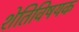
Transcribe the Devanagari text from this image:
शेतिविषयक